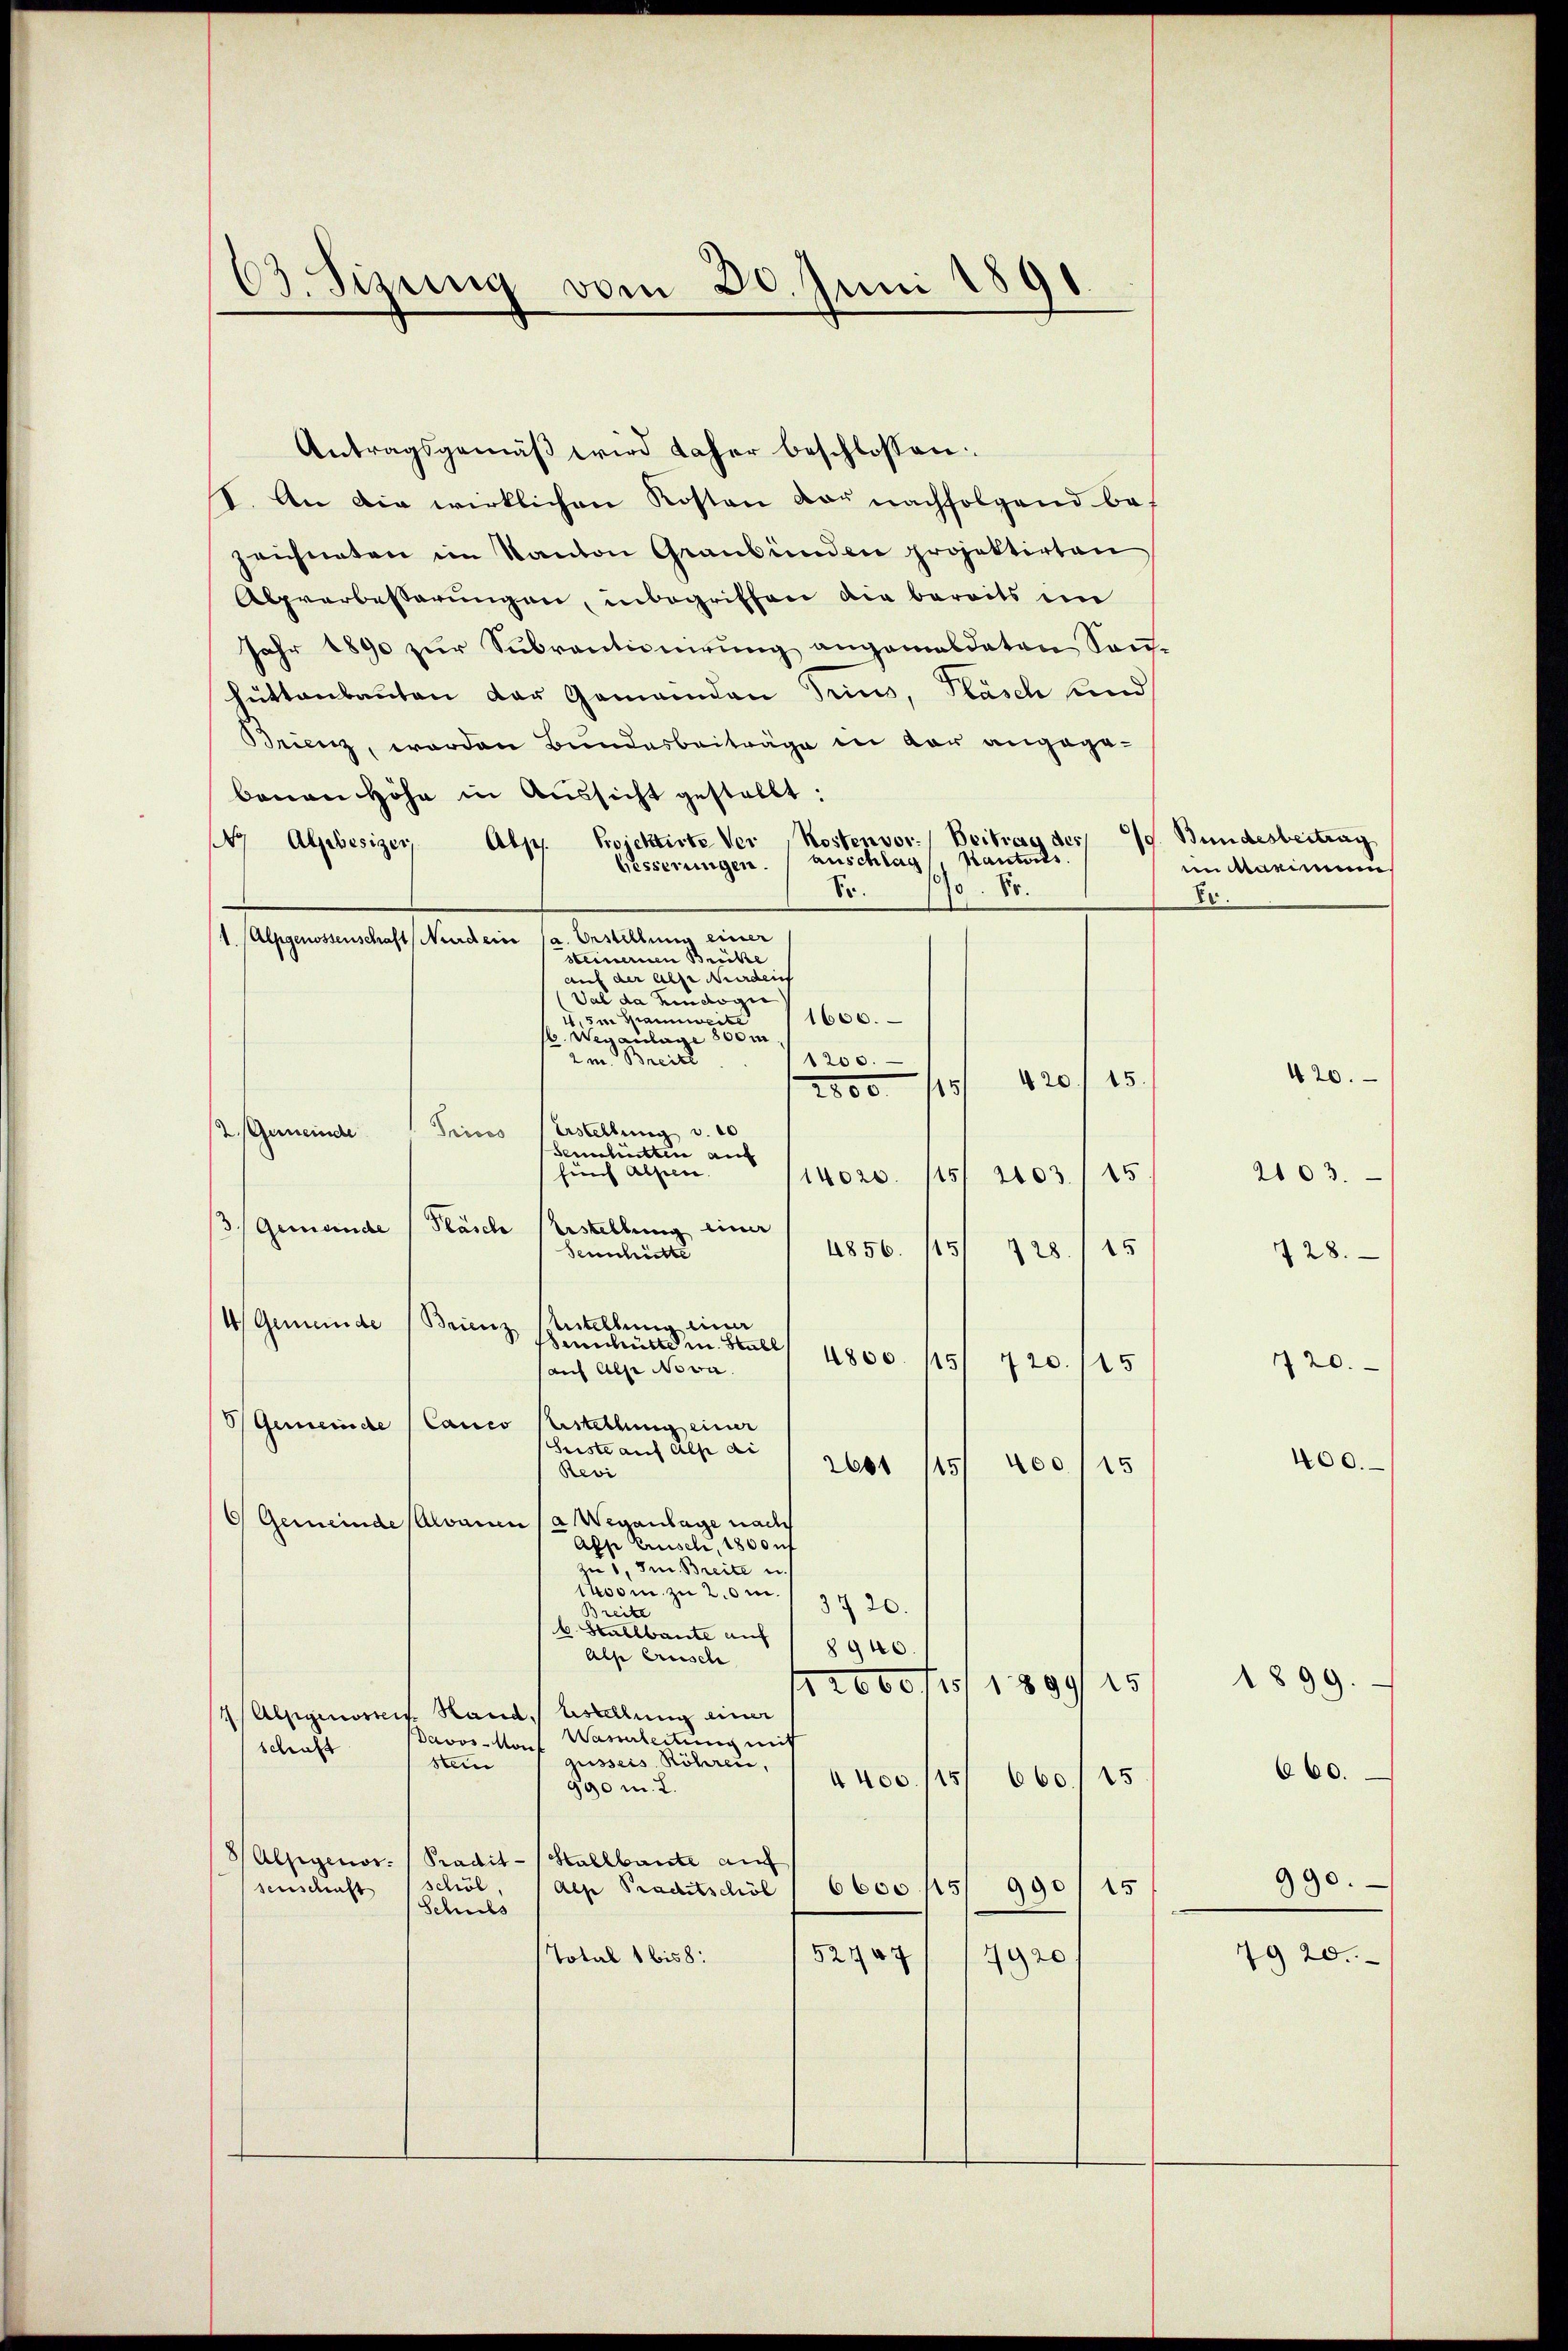
63. Sizung vom 20. Juni 1891

Antragsgemäβ wird daher beschlossen:
I. An die wirklichen Kosten vor nachfolgend bes
zeichneten im Kanton Graubünden projektirten
Abprerbesserungen, inbegriffen die bereits im
Jahr 1890 zur Subventionirung angemeldeten Sanhüttenbauten der Gemeinden Trius, Flasch und
Brienz, worden Bundesbeiträge in der angegebauen Höhe in Aussicht gestallt:
147 Alpbesizer, Alp. Projektirte Ver Kostenvor. Beitrag des 19. Bundesbeitrag
auschlag, Kantons.
Hesserungen.
So.
0. 85.
(1. Alpgenossenschaft Nurdern (a. Erstellung einer
steinernen Brücke
auf der Alpe Norden
Val da hindogie
I. 5te Spannweite
1600.
/6. Weganlage 800m
2m Breite
1200.
15.
420
2800 — 1131
Erstellung u. 10
2. Gemeinde Prises
Semchütten auf
fünf Absic
15/ 2103. 115
14020.
Fläsche
3. Gemeinde
Erstellung einer
4856.
151 128./25
Sennhütte
U) Gemeinde Brienz
Atellung einer
Senhütte in Stall
4800. 115
420. 115
(auf Alpe Nowa
Gemeinde Canco Bestellung einer
Suste auf Alp di
15/ 400 (15
260
Revi
6 Gemeinde salvanen / a Weganlage nach
Alp Crusel, 1800 f
zu 1. Im Breite u.
1400 m. zu 20 m.
3720.
Breite
k. Stallbaute auf 1 1910.
Alse Crische
12000 fest 1899 15
/Alpgenosicis. Hand bestellung einer
Davos-Mans Wasserleitung mit
schaft
gusseis Röhren,
stein
4400/15/ 660./15
990 m. L.
HAlpgenor. (Tradit- (Stallbaute auf
schöl,
6600. 45
senschaft
990/15
Als Praditschöl
Schuls
52447
Total 1 bis 8:
7920

im Maximums
Er

2103.
720.
400.

420.

28.

1899.
990.
7920.

660.